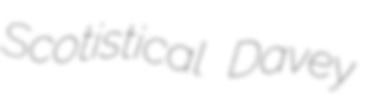
Scotistical Davey